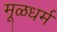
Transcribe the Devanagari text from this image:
मूळधर्म